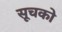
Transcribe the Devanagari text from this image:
सूचको